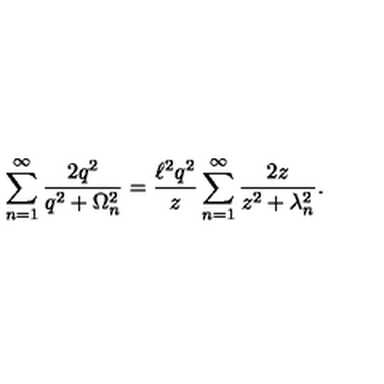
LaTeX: \sum _ { n = 1 } ^ { \infty } \frac { 2 q ^ { 2 } } { q ^ { 2 } + \Omega _ { n } ^ { 2 } } = \frac { \ell ^ { 2 } q ^ { 2 } } { z } \sum _ { n = 1 } ^ { \infty } \frac { 2 z } { z ^ { 2 } + \lambda _ { n } ^ { 2 } } .